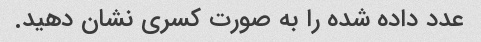
عدد داده شده را به صورت کسری نشان دهید.